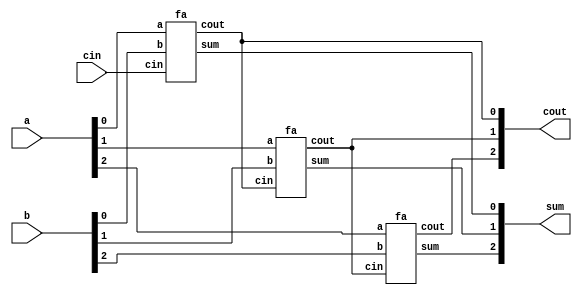
//https://hdlbits.01xz.net/wiki/Adder3
//make 3 instances of it to create a 3-bit binary ripple-carry adder
//The adder adds two 3-bit numbers and a carry-in to produce a 3-bit sum and carry out.
//To encourage you to actually instantiate full adders, also output the carry-out from each full adder in the ripple-carry adder. 
//cout[2] is the final carry-out from the last full adder, and is the carry-out you usually see.
module top_module( 
    input [2:0] a, b,
    input cin,
    output [2:0] cout,
    output [2:0] sum );
    

    fa bit0(
        .a(a[0]),
        .b(b[0]),
        .cin(cin),
        .cout(cout [0]),
        .sum(sum[0])
    );
    fa bit1(
        .a(a[1]),
        .b(b[1]),
        .cin(cout[0]),
        .cout(cout [1]),
        .sum(sum[1])
    );
    
    fa bit2(
        .a(a[2]),
        .b(b[2]),
        .cin(cout [1]),
        .cout(cout [2]),
        .sum(sum[2])
    );
endmodule

module fa(
    input a,
    input b,
    input cin,
    output cout,
    output sum
);

    assign sum = a ^ b ^ cin;
    assign cout = (cin&b) | (a&b) | (cin&a);
endmodule